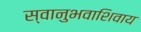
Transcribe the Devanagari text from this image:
स्वानुभवाशिवाय